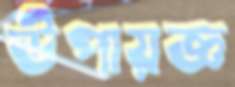
উপায়জ্ঞ